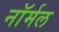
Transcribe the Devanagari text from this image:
नाॅर्मल